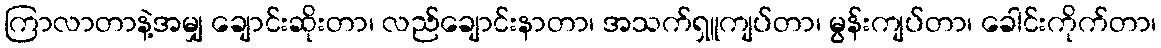
ကြာလာတာနဲ့အမျှ ချောင်းဆိုးတာ၊ လည်ချောင်းနာတာ၊ အသက်ရှူကျပ်တာ၊ မွန်းကျပ်တာ၊ ခေါင်းကိုက်တာ၊